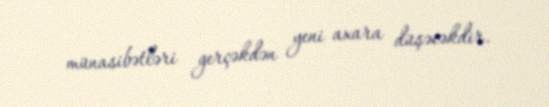
münasibətləri gerçəkdən yeni axara düşəcəkdir.